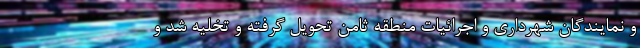
و نمایندگان شهرداری و اجرائیات منطقه ثامن تحویل گرفته و تخلیه شد و